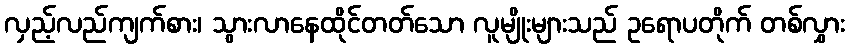
လှည့်လည်ကျက်စား၊ သွားလာနေထိုင်တတ်သော လူမျိုးများသည် ဥရောပတိုက် တစ်လွှား